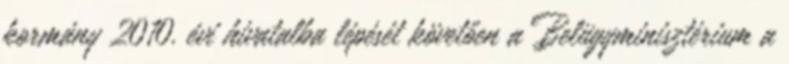
kormány 2010. évi hivatalba lépését követően a Belügyminisztérium a